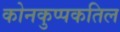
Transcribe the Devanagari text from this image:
कोनकुप्पकतिल